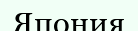
Япония